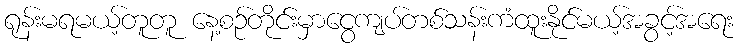
ရုန်းမရမယ့်တူတူ နေ့စဉ်တိုင်းမှာငွေကျပ်တစ်သန်းကံထူးနိုင်မယ့်အခွင့်အရေး